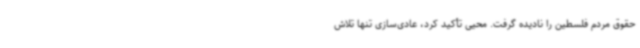
حقوق مردم فلسطین را نادیده گرفت. محیی تأکید کرد، عادی‌سازی تنها تلاش